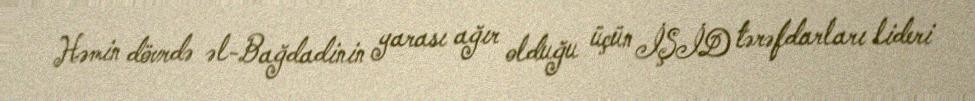
Həmin dövrdə əl-Bağdadinin yarası ağır olduğu üçün İŞİD tərəfdarları lideri